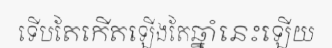
ទើបតែកើតឡើងតែឆ្នាំនេះឡើយ